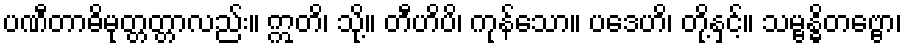
ပဏီတာဓိမုတ္တတ္တာလည်း။ ဣတိ၊ သို့။ တီဟိပိ၊ ကုန်သော။ ပဒေဟိ၊ တို့နှင့်။ သမ္ဗန္ဓိတဗ္ဗော၊